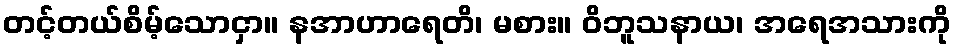
တင့်တယ်စိမ့်သောငှာ။ နအာဟာရေတိ၊ မစား။ ဝိဘူသနာယ၊ အရေအသားကို